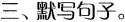
三、默写句子。